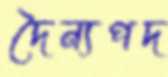
দৈন্যপদ